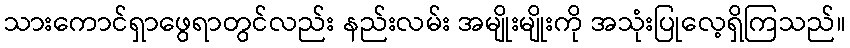
သားကောင်ရှာဖွေရာတွင်လည်း နည်းလမ်း အမျိုးမျိုးကို အသုံးပြုလေ့ရှိကြသည်။